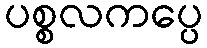
ပစ္စလကပ္ပေ